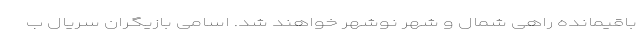
باقیمانده راهی شمال و شهر نوشهر خواهند شد. اسامی بازیگران سریال ب